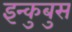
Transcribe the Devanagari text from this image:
इन्कुबुस